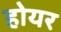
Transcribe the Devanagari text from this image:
होयर